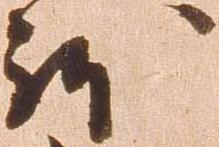
体